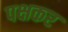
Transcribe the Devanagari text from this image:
पक्षकर